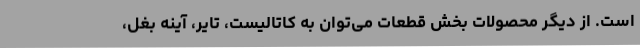
است. از دیگر محصولات بخش قطعات می‌توان به کاتالیست، تایر، آینه بغل،